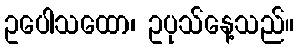
ဥပေါသထော၊ ဥပုသ်နေ့သည်။